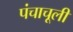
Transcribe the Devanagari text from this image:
पंचाचूली